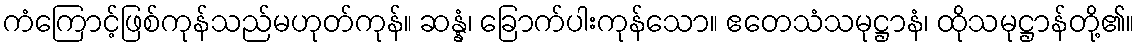
ကံကြောင့်ဖြစ်ကုန်သည်မဟုတ်ကုန်။ ဆန္နံ၊ ခြောက်ပါးကုန်သော။ ဧတေသံသမုဋ္ဌာနံ၊ ထိုသမုဋ္ဌာန်တို့၏။